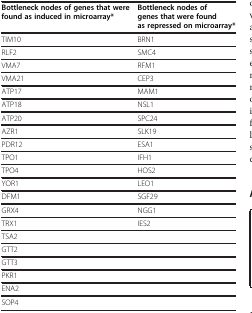
| Bottleneck nodes of genes that were found as induced in microarray* | Bottleneck nodes of genes that were found as repressed on microarray* |
 | --- | --- |
 | TIM10 | BRN1 |
 | RLF2 | SMC4 |
 | VMA7 | RFM1 |
 | VMA21 | CEP3 |
 | ATP17 | MAM1 |
 | ATP18 | NSL1 |
 | ATP20 | SPC24 |
 | AZR1 | SLK19 |
 | PDR12 | ESA1 |
 | TPO1 | IFH1 |
 | TPO4 | HOS2 |
 | YOR1 | LEO1 |
 | DFM1 | SGF29 |
 | GRX4 | NGG1 |
 | TRX1 | IES2 |
 | TSA2 |  |
 | GTT2 |  |
 | GTT3 |  |
 | PKR1 |  |
 | ENA2 |  |
 | SOP4 |  |